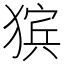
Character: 㺍